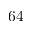
6 4